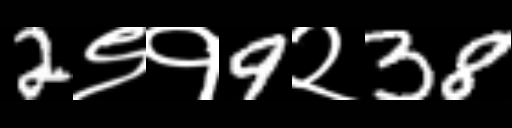
Text: 2९१9२38